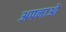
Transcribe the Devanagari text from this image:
अपनाओ